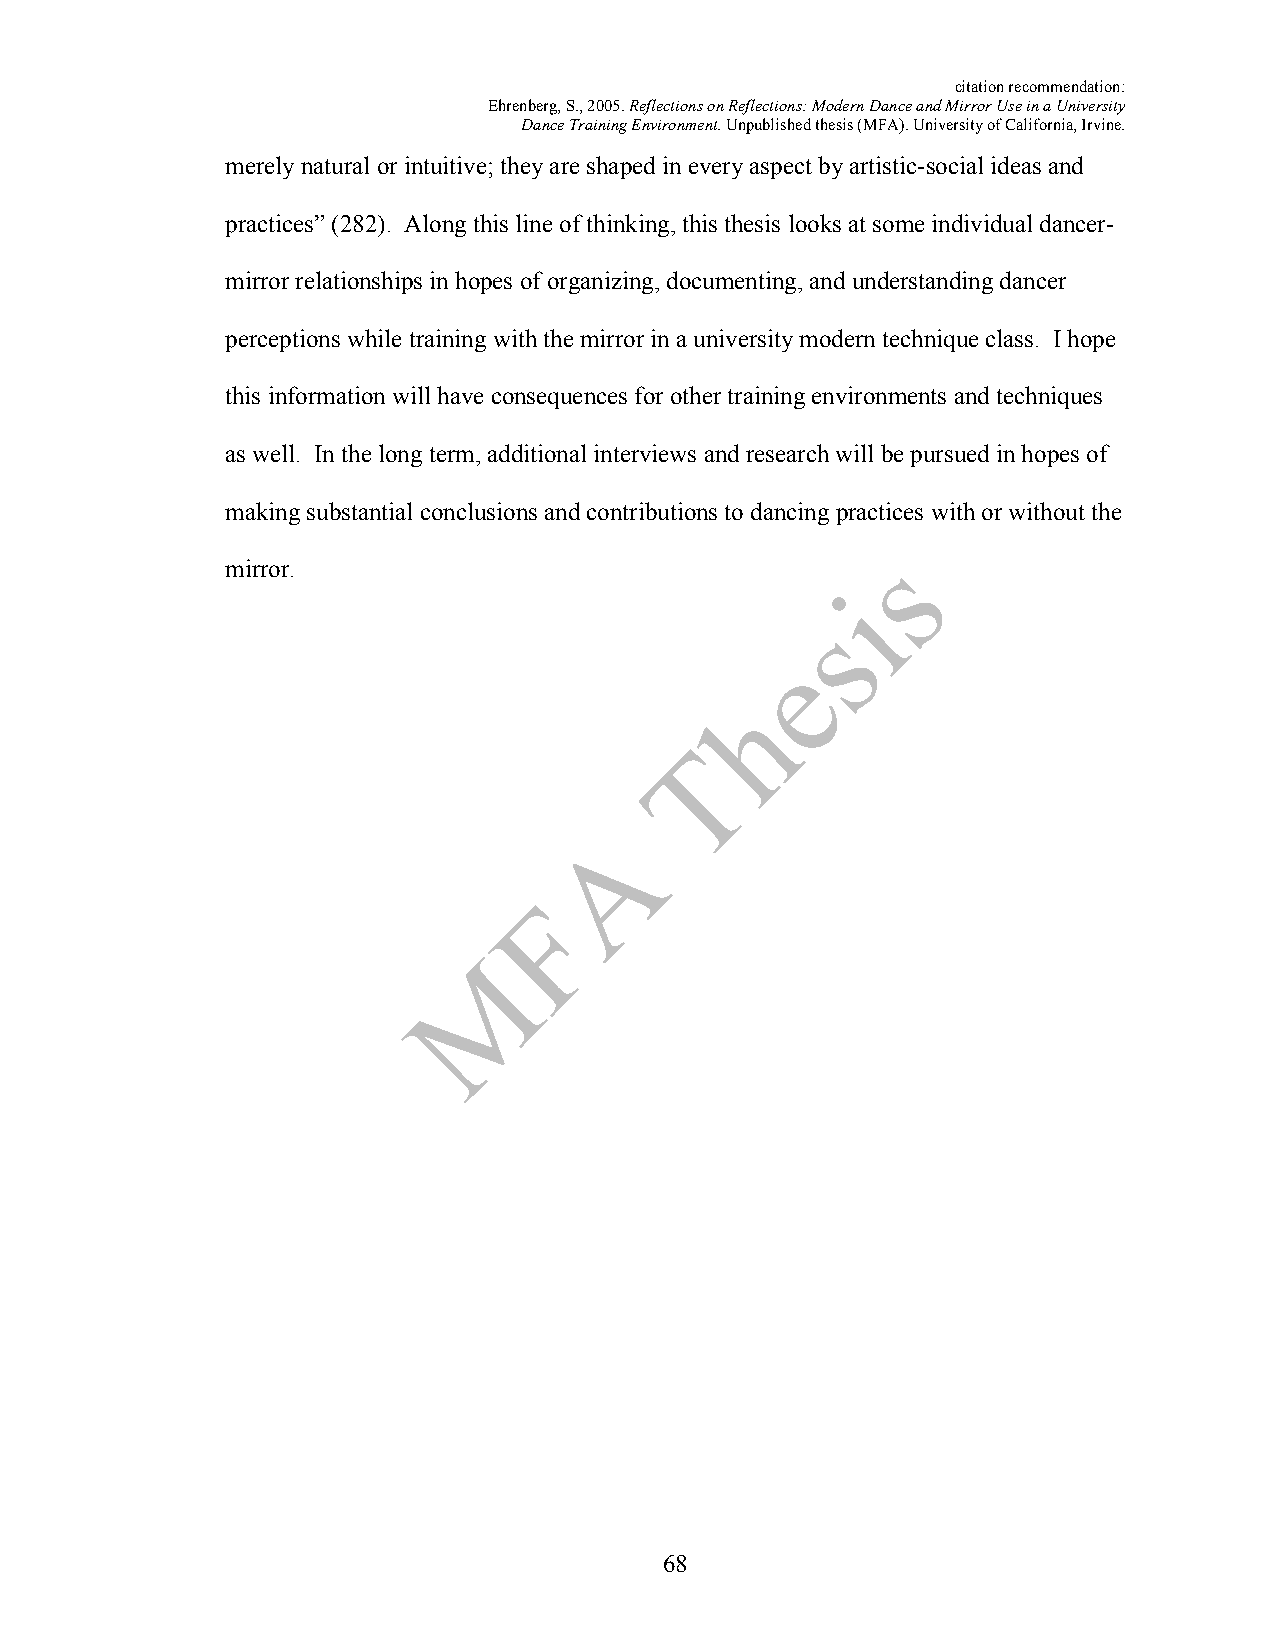
citation recommendation:
 Ehrenberg, S., 2005. Reflections on Reflections: Modern Dance and Mirror Use in a University
 Dance Training Environment. Unpublished thesis (MFA). University of California, Irvine.
 merely natural or intuitive; they are shaped in every aspect by artistic-social ideas and
 practices” (282). Along this line of thinking, this thesis looks at some individual dancer-
 mirror relationships in hopes of organizing, documenting, and understanding dancer
 perceptions while training with the mirror in a university modern technique class. I hope
 this information will have consequences for other training environments and techniques
 as well. In the long term, additional interviews and research will be pursued in hopes of
 making substantial conclusions and contributions to dancing practices with or without the
 mirror.
 68